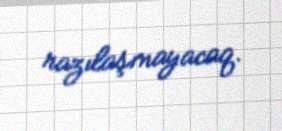
razılaşmayacaq.